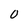
Character: O